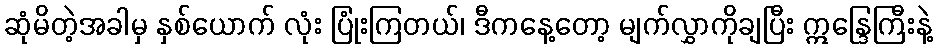
ဆုံမိတဲ့အခါမှ နှစ်ယောက် လုံး ပြုံးကြတယ်၊ ဒီကနေ့တော့ မျက်လွှာကိုချပြီး ဣန္ဒြေကြီးနဲ့